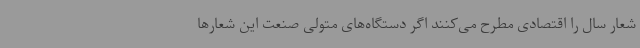
شعار سال را اقتصادی مطرح می‌کنند اگر دستگاه‌های متولی صنعت این شعارها